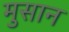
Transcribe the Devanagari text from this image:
मुसान